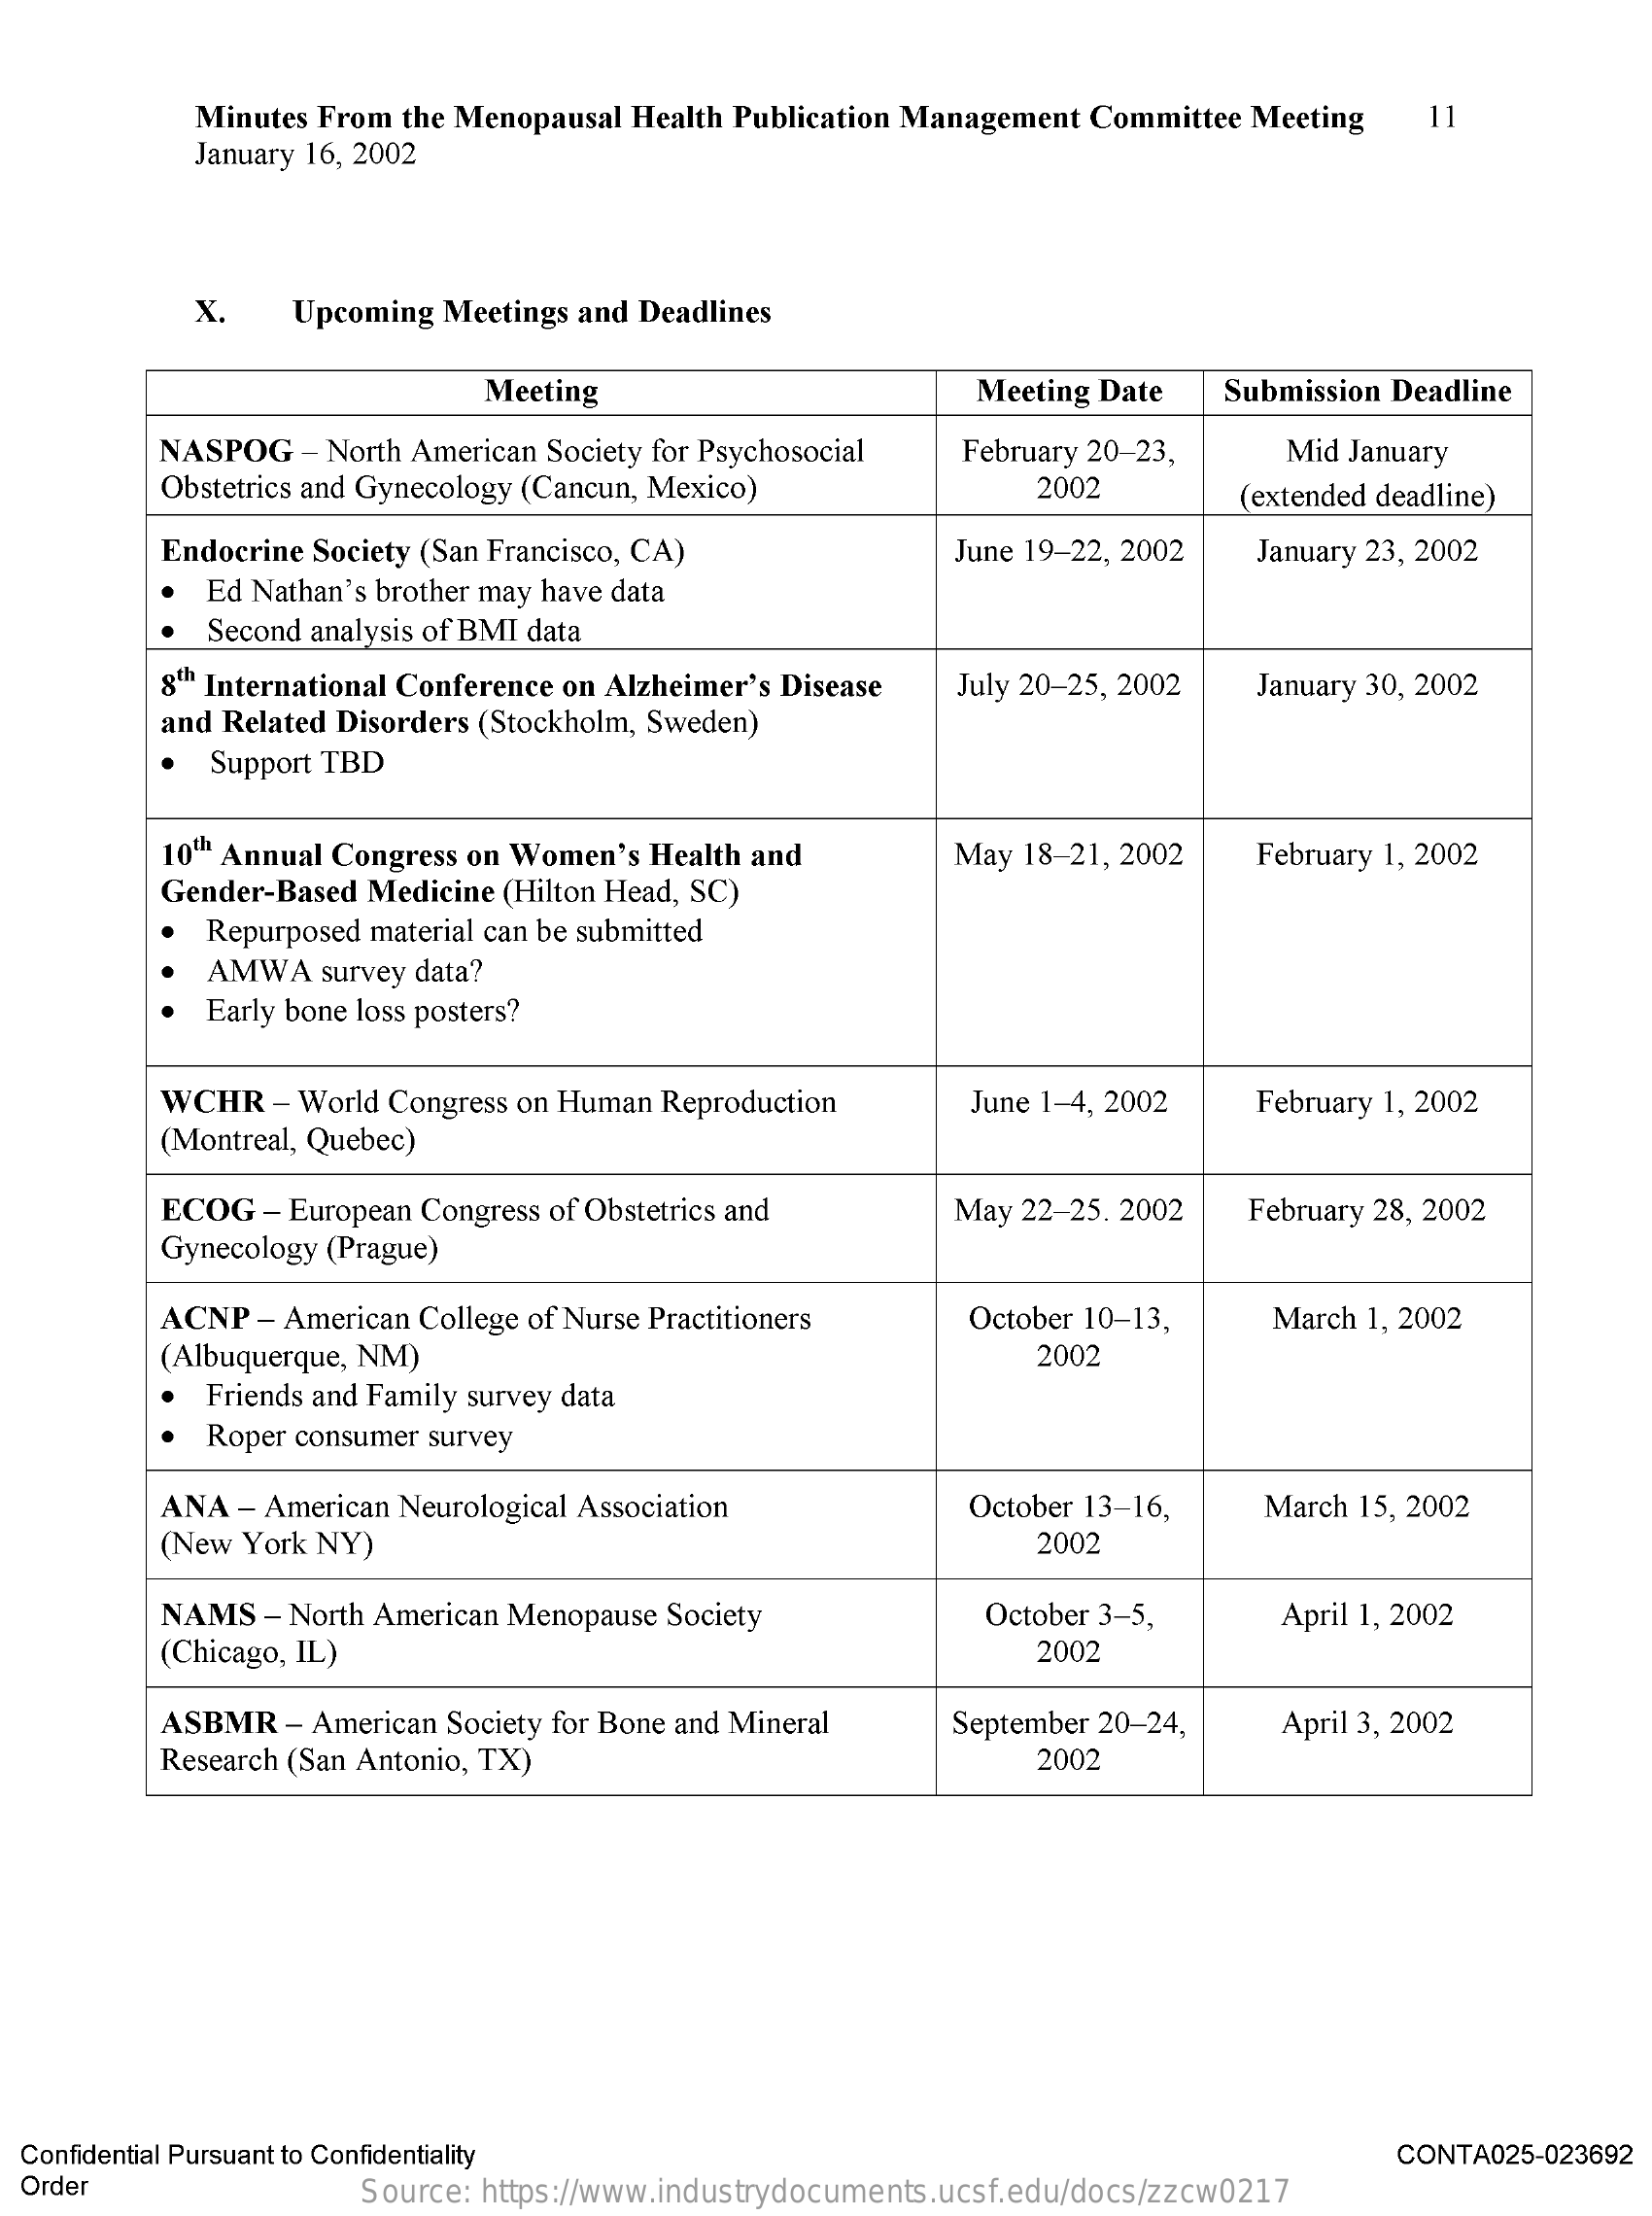
Minutes From the Menopausal Health Publication Management Committee Meeting 11
     January 16, 2002
     x.   Upcoming Meetings and Deadlines
     Meeting    Meeting Date Submission Deadline
     NASPOG  - North American Society for Psychosocial February 20-23, Mid January
     Obstetrics and Gynecology (Cancun, Mexico)    2002    (extended deadline)
     Endocrine Society (San Francisco, CA)    June 19-22, 2002 January 23, 2002
     Ed Nathan's brother may have data
     Second analysis of BMI data
     8th International Conference on Alzheimer's Disease
     and Related Disorders (Stockholm, Sweden)
     July 20-25, 2002 January 30, 2002
     Support TBD
     10"" Annual Congress on Women's Health and
     Gender-Based Medicine (Hilton Head, SC)
     May 18-21, 2002  February 1, 2002
     Repurposed material can be submitted
     AMWA  survey data?
     Early bone loss posters?
     WCHR  - World Congress on Human Reproduction June 1-4, 2002 February 1, 2002
     (Montreal, Quebec)
     ECOG  - European Congress of Obstetrics and
     Gynecology (Prague)
     May 22-25. 2002  February 28, 2002
     ACNP - American College of Nurse Practitioners October 10-13, March 1, 2002
     (Albuquerque, NM)    2002
     Friends and Family survey data
     Roper consumer survey
     ANA - American Neurological Association    October 13-16,   March 15, 2002
     (New York NY)    2002
     NAMS  - North American Menopause Society    October 3-5,
     (Chicago, IL)
     April 1, 2002
     2002
     ASBMR  - American Society for Bone and Mineral September 20-24, April 3, 2002
     Research (San Antonio, TX)    2002
  Confidential Pursuant to Confidentiality    CONTA025-023692
  Order    Source: https://www.industrydocuments.ucsf.edu/docs/zzcw0217